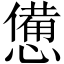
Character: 憊